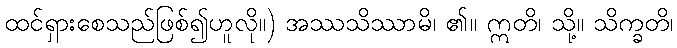
ထင်ရှားစေသည်ဖြစ်၍ဟူလို။) အဿသိဿာမိ၊ ၏။ ဣတိ၊ သို့။ သိက္ခတိ၊